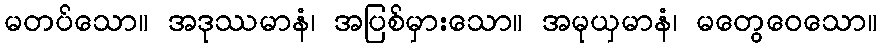
မတပ်သော။ အဒုဿမာနံ၊ အပြစ်မှားသော။ အမုယှမာနံ၊ မတွေဝေသော။